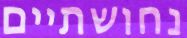
נחושתיים